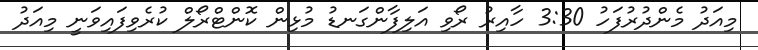
މިއަދު މެންދުރުފަހު 3:30 ހާއިރު ރޯވި އަލިފާންގަނޑު މުޅިން ކޮންޓްރޯލް ކުރެވިފައިވަނީ މިއަދު